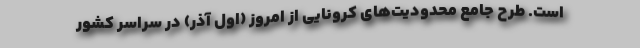
است. طرح جامع محدودیت‌های کرونایی از امروز (اول آذر) در سراسر کشور